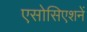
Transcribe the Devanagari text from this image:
एसोसिएशनें